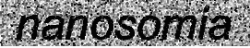
nanosomia